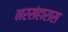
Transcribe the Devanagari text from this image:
नरसंहारास